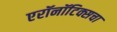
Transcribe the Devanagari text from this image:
एरॉनॉटिक्सचा